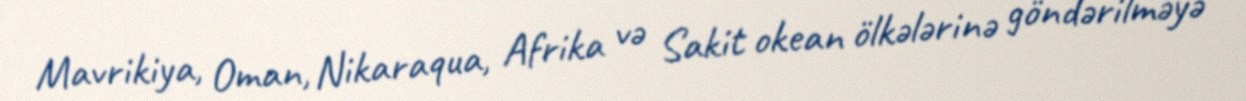
Mavrikiya, Oman, Nikaraqua, Afrika və Sakit okean ölkələrinə göndərilməyə